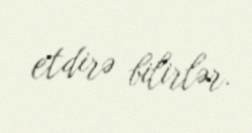
etdirə bilirlər.